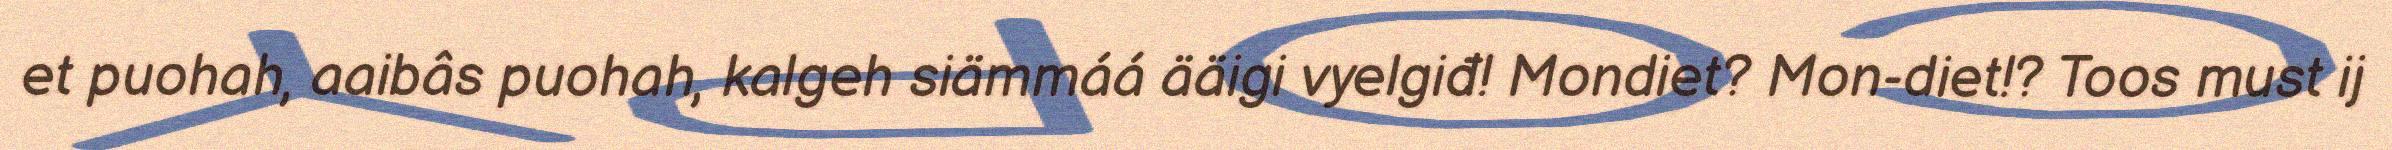
et puohah, aaibâs puohah, kalgeh siämmáá ääigi vyelgiđ! Mondiet? Mon-diet!? Toos must ij